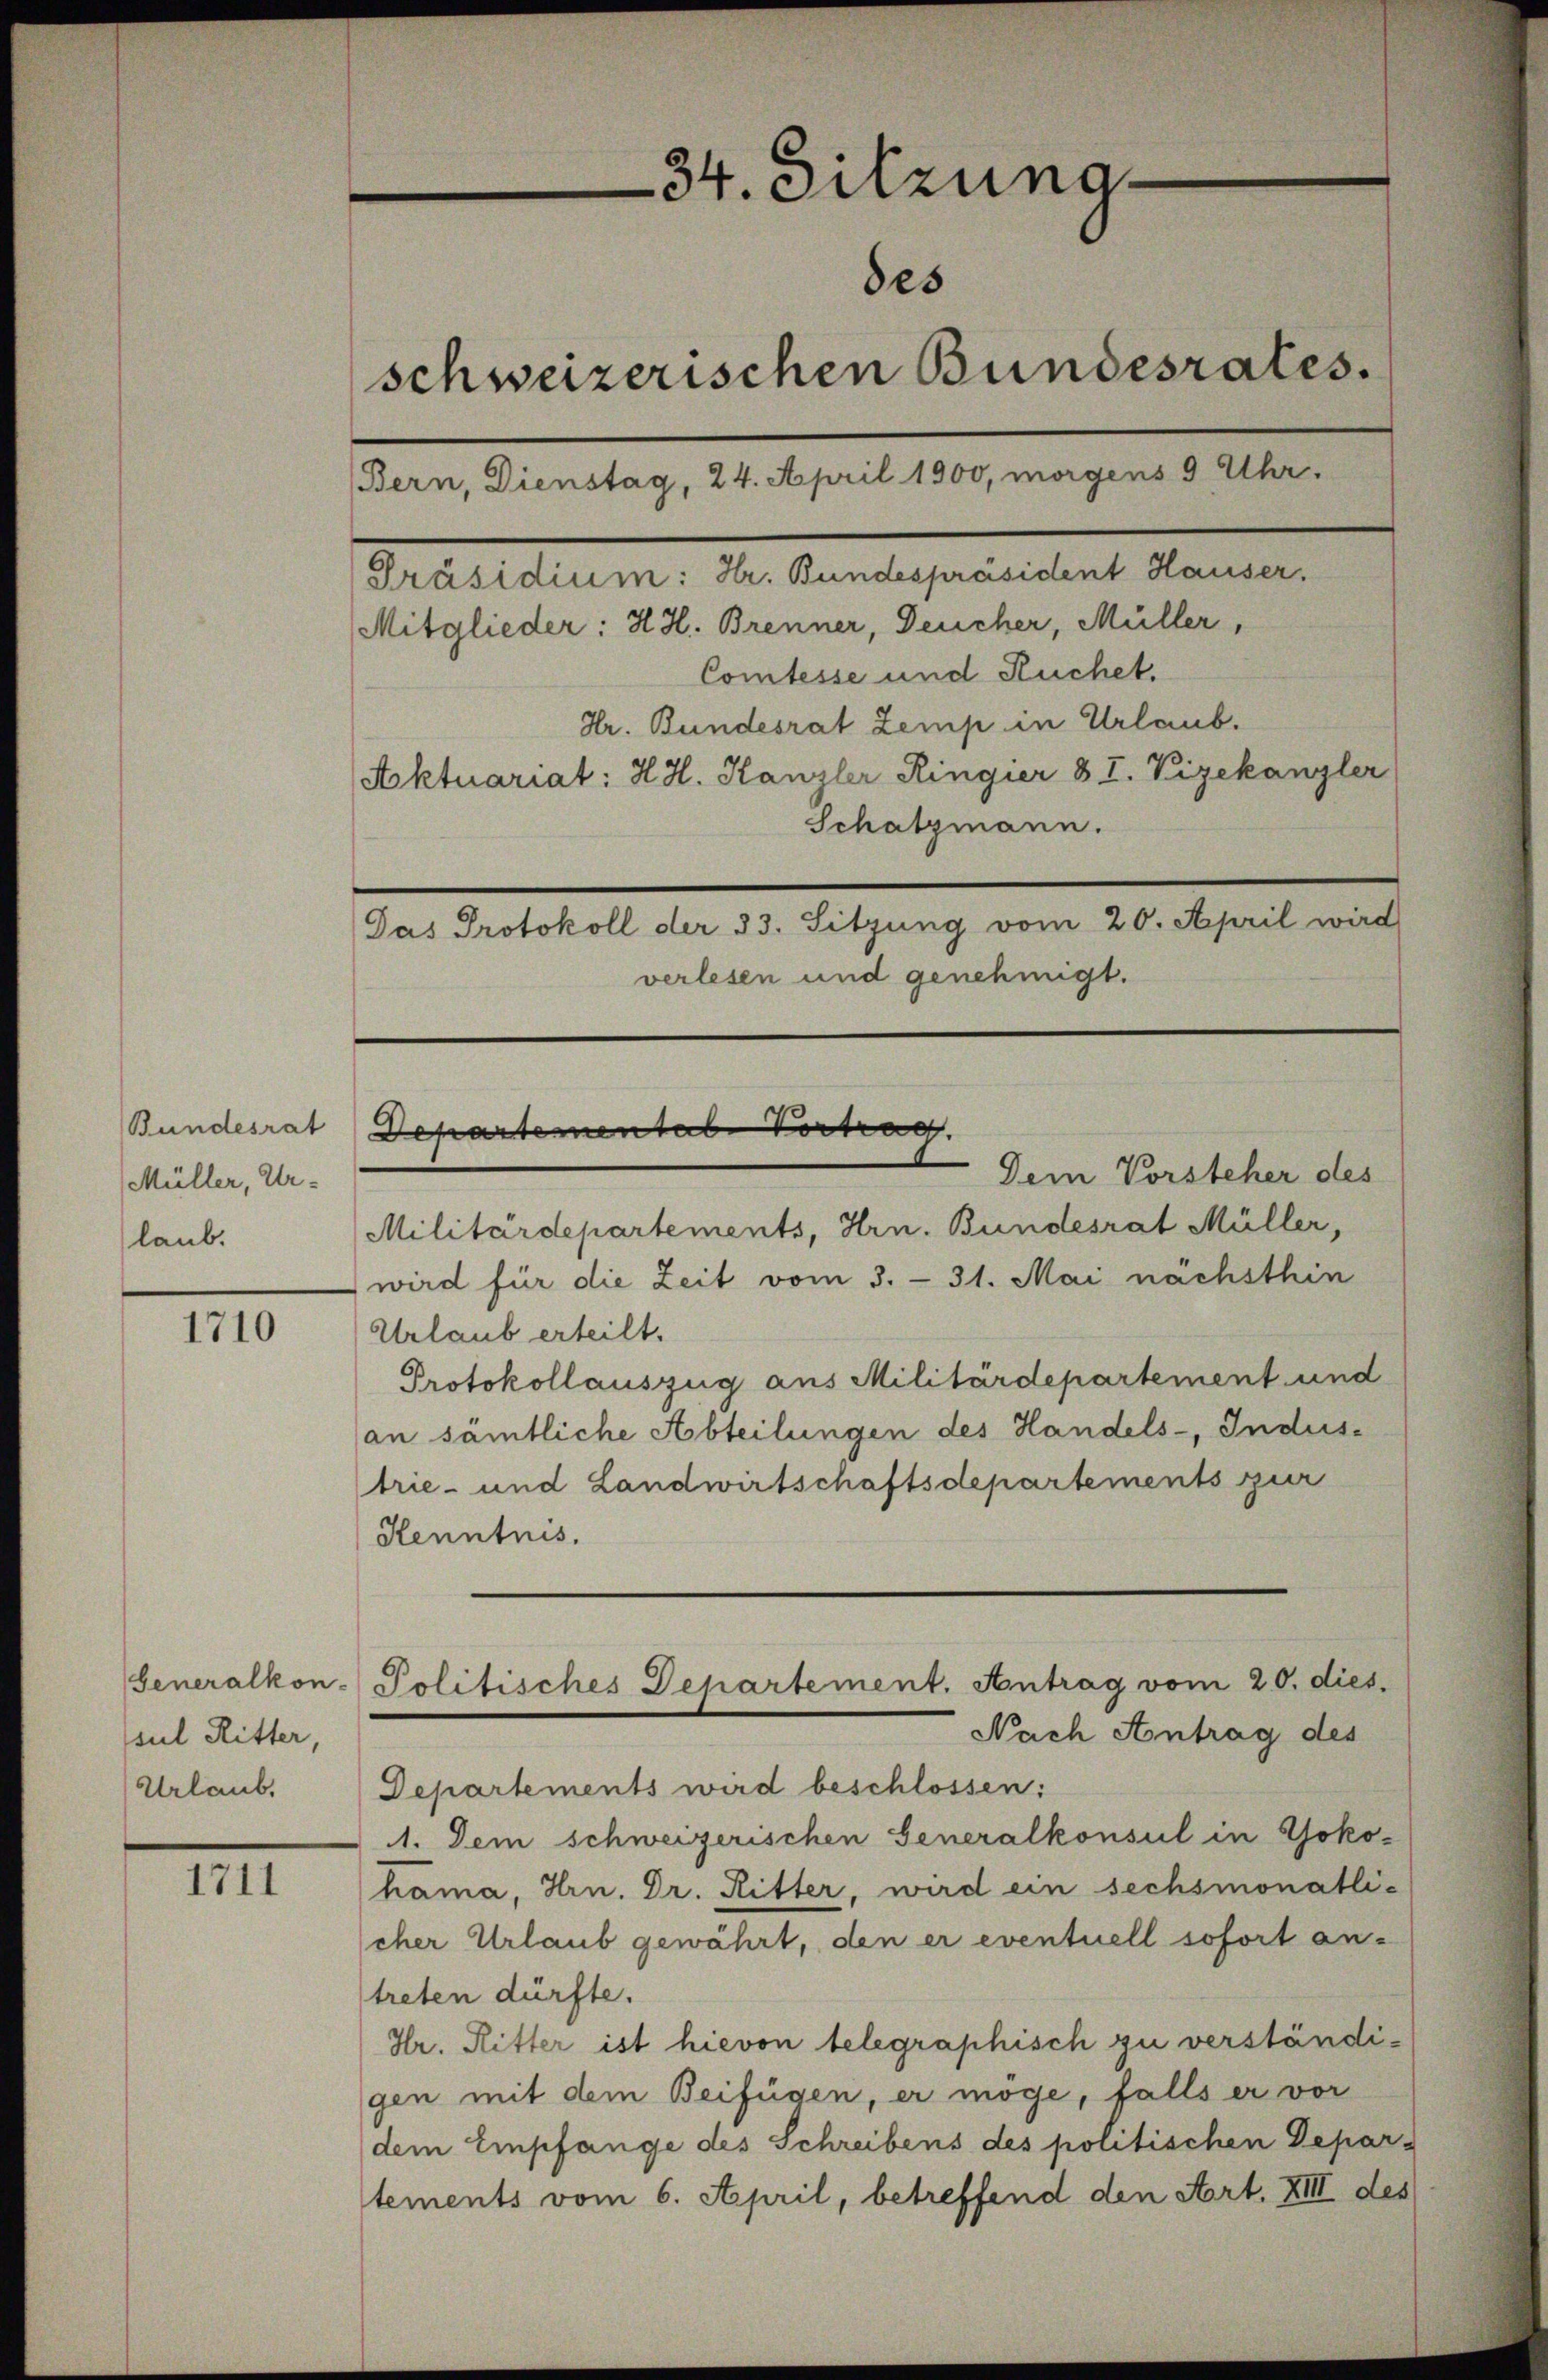
Bundesrat
(Müller, Ur-
laub.

1710

sul Ritter,

1711

34. Sitzung
des
schweizerischen Bundesrates.
Bern, Dienstag, 24. April 1900, morgens 9 Uhr.
Präsidium: Hr. Bundespräsident Hauser.
Mitglieder: H. H. Brenner, Deucher, Müller,
Comtesse und Ruchet.
Hr. Bundesrat Zemp in Urlaub.
Aktuariat: H. H. Kanzler Ringier & I. Vizekanzler
Schatzmann.
Pas Protokoll der 33. Sitzung vom 20. April wird
verlesen und genehmigt.

Departementab. Vortrag

Generalkon - Politisches Departement. Antrag vom 20. dies
Nach Antrag des

Dem Vorsteher des
Militärdepartements, Hrn. Bundesrat Müller,
wird für die Zeit vom 3. - 31. Mai nächsthin
Urlaub erteilt.
Protokollauszug aus Militärdepartement und
an sämtliche Abteilungen des Handels-, Indus-
trie- und Landwirtschaftsdepartements zur
Henntnis.
Urlaub. Departements wird beschlossen:
1. Dem schweizerischen Generalkonsul in Yokohama, Hrn. Dr. Ritter, wird ein sechsmonatli-
cher Urlaub gewährt, den er eventuell sofort an-
treten dürfte.
Hr. Ritter ist hievon telegraphisch zu verständigen mit dem Beifügen, er möge, falls er vor
dem Empfange des Schreibens des politischen Depar-
tements vom 6. April, betreffend den Art. XIII des